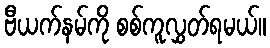
ဗီယက်နမ်ကို စစ်ကူလွှတ်ရမယ်။